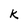
Character: k